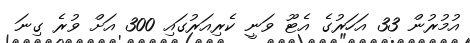
އުމުރުން 33 އަހަރުގެ އެޓޫ ވަނީ ކެރިއަރުގައި 300 އަށް ވުރެ ގިނަ